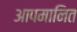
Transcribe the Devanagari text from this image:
आपमानित